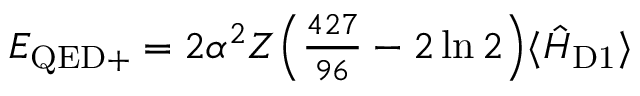
\begin{array} { r } { E _ { \mathrm { Q E D + } } = 2 \alpha ^ { 2 } Z \Big ( \frac { 4 2 7 } { 9 6 } - 2 \ln 2 \Big ) \langle \hat { H } _ { \mathrm { D 1 } } \rangle } \end{array}